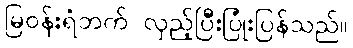
မြဝန်းရံဘက် လှည့်ပြီးပြုံးပြန်သည်။